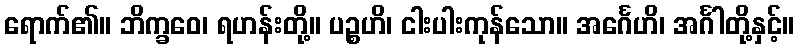
ရောက်၏။ ဘိက္ခဝေ၊ ရဟန်းတို့။ ပဉ္စဟိ၊ ငါးပါးကုန်သော။ အင်္ဂေဟိ၊ အင်္ဂါတို့နှင့်။